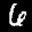
Label: 6